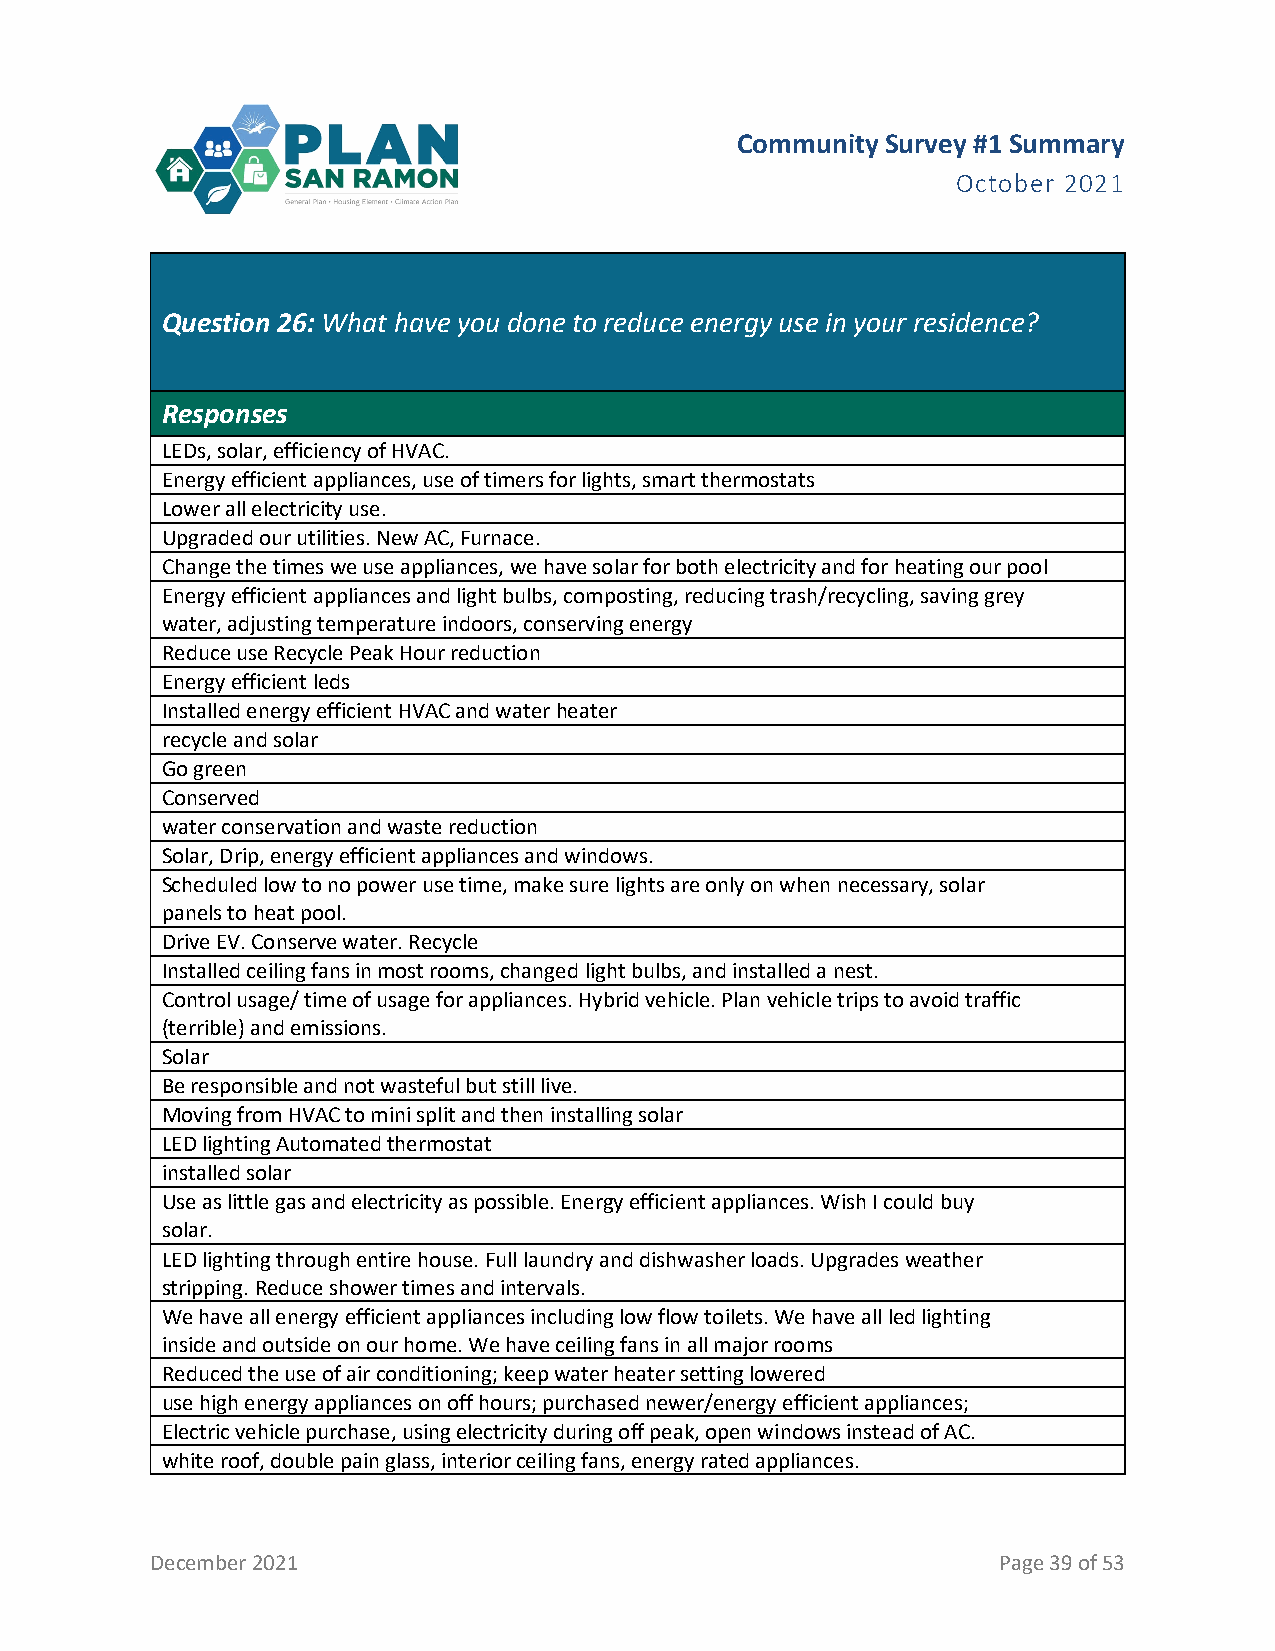
Community Survey #1 Summary
 October 2021
 Question 26: What have you done to reduce energy use in your residence?
 Responses
 LEDs, solar, efficiency of HVAC.
 Energy efficient appliances, use of timers for lights, smart thermostats
 Lower all electricity use.
 Upgraded our utilities. New AC, Furnace.
 Change the times we use appliances, we have solar for both electricity and for heating our pool
 Energy efficient appliances and light bulbs, composting, reducing trash/recycling, saving grey
 water, adjusting temperature indoors, conserving energy
 Reduce use Recycle Peak Hour reduction
 Energy efficient leds
 Installed energy efficient HVAC and water heater
 recycle and solar
 Go green
 Conserved
 water conservation and waste reduction
 Solar, Drip, energy efficient appliances and windows.
 Scheduled low to no power use time, make sure lights are only on when necessary, solar
 panels to heat pool.
 Drive EV. Conserve water. Recycle
 Installed ceiling fans in most rooms, changed light bulbs, and installed a nest.
 Control usage/ time of usage for appliances. Hybrid vehicle. Plan vehicle trips to avoid traffic
 (terrible) and emissions.
 Solar
 Be responsible and not wasteful but still live.
 Moving from HVAC to mini split and then installing solar
 LED lighting Automated thermostat
 installed solar
 Use as little gas and electricity as possible. Energy efficient appliances. Wish I could buy
 solar.
 LED lighting through entire house. Full laundry and dishwasher loads. Upgrades weather
 stripping. Reduce shower times and intervals.
 We have all energy efficient appliances including low flow toilets. We have all led lighting
 inside and outside on our home. We have ceiling fans in all major rooms
 Reduced the use of air conditioning; keep water heater setting lowered
 use high energy appliances on off hours; purchased newer/energy efficient appliances;
 Electric vehicle purchase, using electricity during off peak, open windows instead of AC.
 white roof, double pain glass, interior ceiling fans, energy rated appliances.
 December 2021                                           Page 39 of 53